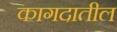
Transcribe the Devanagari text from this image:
कागदातील